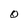
Character: O